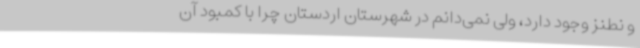
و نطنز وجود دارد، ولی نمی‌دانم در شهرستان اردستان چرا با کمبود آن